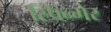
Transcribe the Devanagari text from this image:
स्प्रिन्गेर